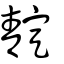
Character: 靛